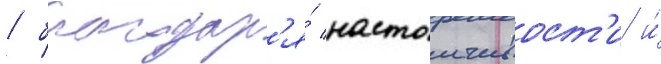
/ благодар'я́ настоичивост'и и́